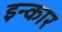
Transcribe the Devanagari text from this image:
इन्‍कार